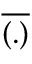
\overline { { ( . ) } }